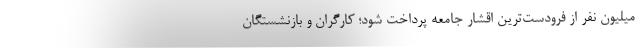
میلیون نفر از فرودست‌ترین اقشار جامعه پرداخت شود؛ کارگران و بازنشستگان